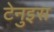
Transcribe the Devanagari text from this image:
टेनुइस